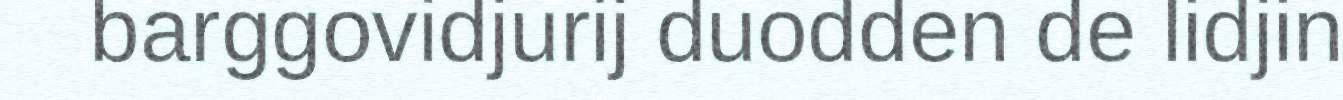
barggovidjurij duodden de lidjin